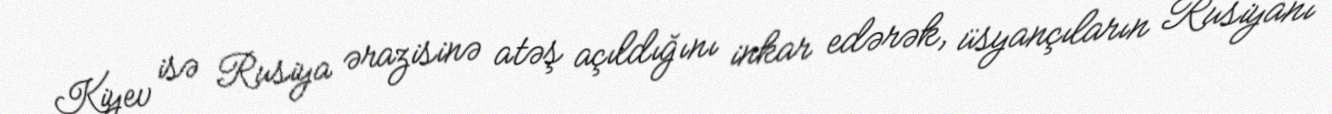
Kiyev isə Rusiya ərazisinə atəş açıldığını inkar edərək, üsyançıların Rusiyanı